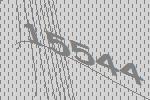
15544